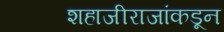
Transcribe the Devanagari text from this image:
शहाजीराजांकडून